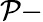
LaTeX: \mathcal{P}-